Supplement to the account of plague administration in the Bombay Presidency from September 1896 till May 1897
Year: 1896
Disease focus: Plague
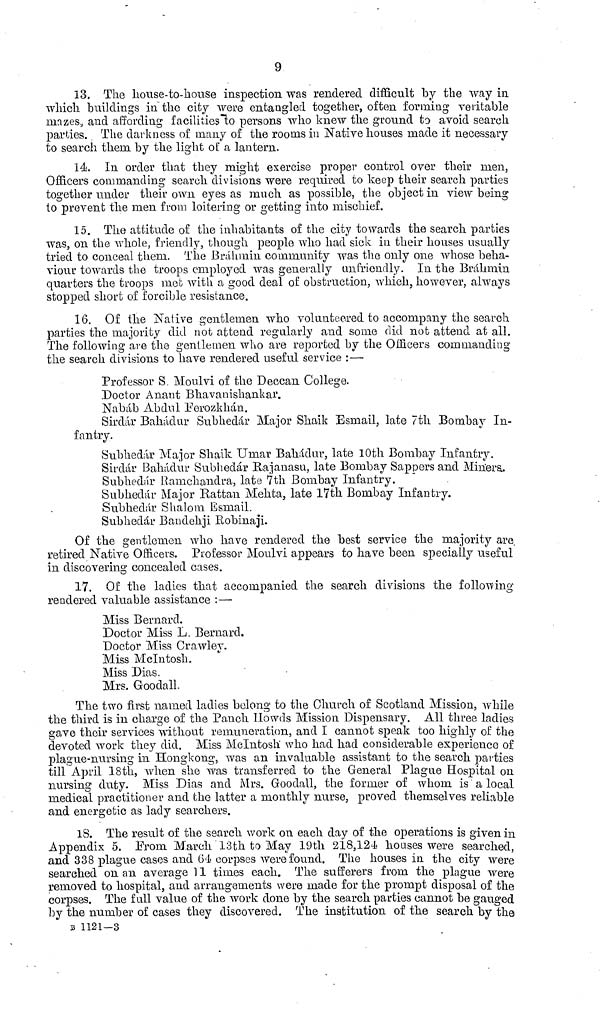
9
13. The house-to-house inspection was rendered difficult by the way in
which buildings in the city were entangled together, often forming veritable
mazes, and affording facuities to persons who knew the ground to avoid search
parties. The darkness of many of the rooms in Native houses made it necessary
to search them by the light of a lantern.
14. In order that they might exercise proper control over their men,
Officers commanding search divisions were required to keep their search parties
together under their own eyes as much as possible, the object in view being
to prevent the men from loitering or getting into mischief.
15. The attitude of the inhabitants of the city towards the search parties
was, on the whole, friendly, though people who had sick in their houses usually
tried to conceal them. The Brahmin community was the only one whose beha-
viour towards the troops employed was generally unfriendly. In the Brahmin
quarters the troops met with a good deal of obstruction, which, however, always
stopped short of forcible resistance.
16. Of the Native gentlemen who volunteered to accompany the search
parties the majority did not attend regularly and some did not attend at all.
The following are the gentlemen who are reported by the Officers commanding
the search divisions to have rendered useful service :—·
Professor S. Moulvi of the Deccan College.
Doctor Anant Bhavanishankar.
Nabab Abdul Eerozkhau.
Sirdár Bahádur Subhedár Major Shaik Esmail, late 7th Bombay In-
fantry.
Subhedár Major Shaik Umar Bahadur, late 10th Bombay Infantry.
Sirdar Bahadur Subhedár Rajanasu, late Bombay Sappers and Miners..
Subhedár Ramchaiidra, late 7th Bombay Infantry.
Subhedár Major Rattan Mehta, late 17th Bombay Infantry.
Subhedár Shalom Esniail.
Subhedár Bandehji Bobinaji.
Of the gentlemen who have rendered the best service the majority are.
retired Native Officers. Professor Moulvi appears to have been specially useful
in discovering concealed cases.
17. Of the ladies that accompanied the search divisions the following
rendered valuable assistance :—·
Miss Bernard.
Doctor Miss L. Bernard.
Doctor Miss Crawley.
Miss Mclntosh.
Miss Dias.
Mrs. Goodall.
The two first named ladies belong to the Church of Scotland Mission, while
the third is in charge of the Panch IIowds Mission Dispensary. All three ladies
gave their services without remuneration, and I cannot speak too highly of the
devoted work they did. Miss Mclntosh who had had considerable experience of
plague-nursing in Hongkong, was an invaluable assistant to the search parties
till April 18th, when she was transferred to the General Plague Hospital on
nursing duty. Miss Dias and Mrs. Goodall, the former of whom is a local
medical practitioner and the latter a monthly nurse, proved themselves reliable
and energetic as lady searchers.
18. The result of the search work on each day of the operations is given in
Appendix 5. From March 13th to May 19th 218,124 houses were searched,
and 338 plague cases and 64 corpses were found. The houses in the city were
searched on an average 11 times each. The sufferers from the plague were
removed to hospital, and arrangements were made for the prompt disposal of the
corpses. The full value of the work done by the search parties cannot be gauged
by the number of cases they discovered. The institution of the search by the
B 1121—3